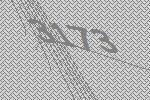
3173